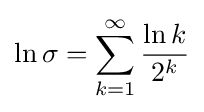
\ln \sigma =\sum _{k=1}^{\infty }{\frac {\ln k}{2^{k}}}